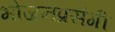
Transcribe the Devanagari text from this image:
भोजनप्रसंगी